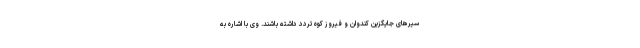
سیرهای جایگزین کندوان و فیروز کوه تردد داشته باشند. وی با اشاره به